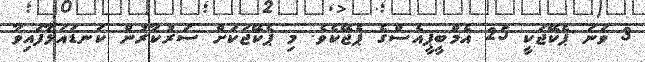
3 ވަނަ ޕެކޭޖަކީ 25 އެމްބީޕީއެސްގެ ޕެޖޭކެވެ. މި ޕެކޭޖަކަށް ސަރުކާރުން ކަނޑައަޅާފައިވާ